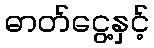
ဓာတ်ငွေ့နှင့်